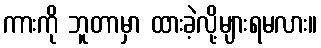
ကားကို ဘူတာမှာ ထားခဲ့လို့များရမလား။